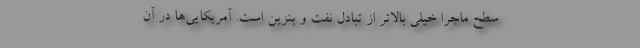
سطح ماجرا خیلی بالاتر از تبادل نفت و بنزین است. آمریکایی‌ها در آن